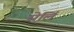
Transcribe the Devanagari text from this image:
सेलिं